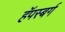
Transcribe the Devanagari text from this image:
हॅपस्बर्ग